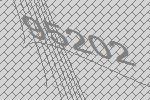
95202